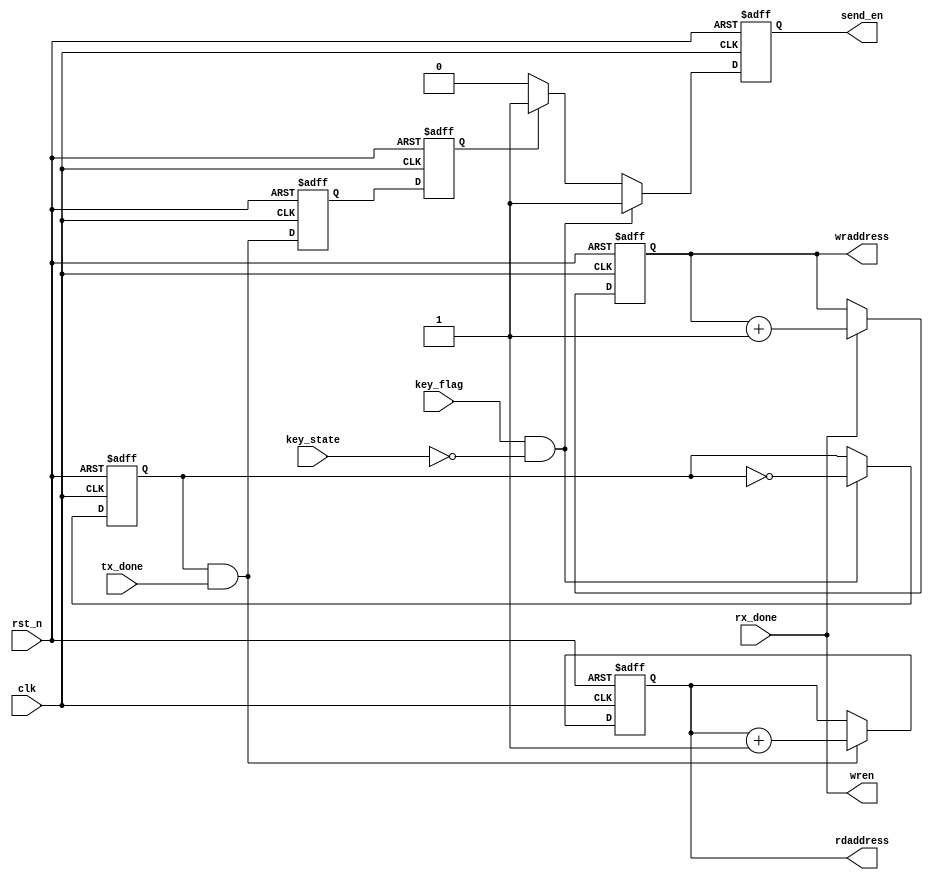
module control(
	clk,
	rst_n,
	key_flag,
	key_state,
	tx_done,
	rx_done,
	rdaddress,
	wraddress,
	wren,
	send_en
);
	input clk;
	input rst_n;
	
	input tx_done;
	input rx_done;
	input key_flag;
	input key_state;
	
	output reg [7:0] rdaddress;
	output reg [7:0] wraddress;
	output  wren;
	output reg send_en;
	
	reg send_en_reg1;
	reg send_en_reg2;
	
	
	reg do_send;
	
	assign wren = rx_done;
	
	
	always@(posedge clk or negedge rst_n)
		if(!rst_n)
			wraddress <= 8'd0;
		else if(rx_done)
			wraddress <= wraddress + 1'b1;
		else
			wraddress <= wraddress;
			
	always@(posedge clk or negedge rst_n)
		if(!rst_n) 
			do_send <= 1'd0;
		else if((key_flag == 1)&& (key_state == 0))
			do_send <= ~do_send;		
			
			
	always@(posedge clk or negedge rst_n)
		if(!rst_n)
			rdaddress <= 8'b0;
		else if(do_send && tx_done)
			rdaddress <= rdaddress + 8'd1;
		else
			rdaddress <= rdaddress;
			

	always@(posedge clk or negedge rst_n)
		if(!rst_n) begin
			send_en_reg1 <= 1'b0;
			send_en_reg2 <= 1'b0;
		end
		else begin
			send_en_reg1 <= (do_send && tx_done);
			send_en_reg2 <= send_en_reg1;
		end
		
	always@(posedge clk or negedge rst_n)
		if(!rst_n)
			send_en <= 0;
		else if((key_flag == 1)&& (key_state == 0) )
			send_en <= 1;
		else if(send_en_reg2)
			send_en <= 1;
		else
			send_en <= 0;

		
				
endmodule